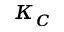
\kappa _ { c }